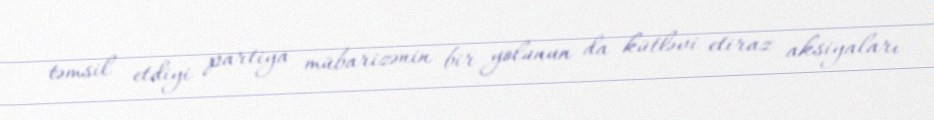
təmsil etdiyi partiya mübarizənin bir yolunun da kütləvi etiraz aksiyaları